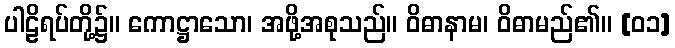
ပါဠိရပ်တို့၌။ ကောဋ္ဌာသော၊ အဖို့အစုသည်။ ဝိဓာနာမ၊ ဝိဓာမည်၏။ [၀၁]